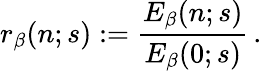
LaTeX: r_{\beta}(n;s):={\frac{E_{\beta}(n;s)}{E_{\beta}(0;s)}}\, .